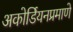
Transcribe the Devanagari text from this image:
अकोर्डियनप्रमाणे